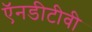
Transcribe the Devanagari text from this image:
ऍनडीटीवी